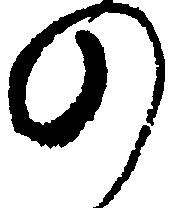
の